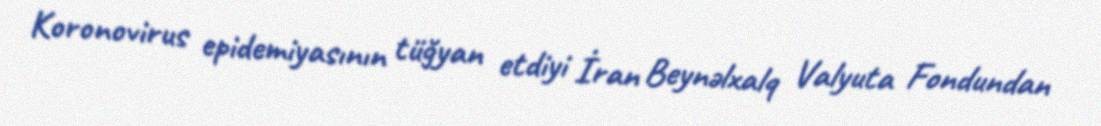
Koronovirus epidemiyasının tüğyan etdiyi İran Beynəlxalq Valyuta Fondundan